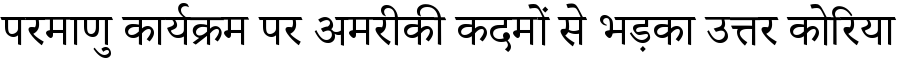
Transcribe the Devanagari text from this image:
परमाणु कार्यक्रम पर अमरीकी कदमों से भड़का उत्तर कोरिया